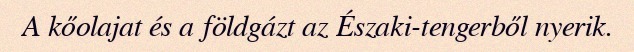
A kőolajat és a földgázt az Északi-tengerből nyerik.